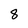
Character: 8